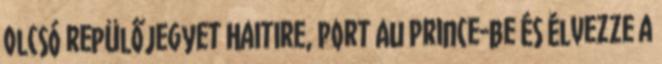
olcsó repülőjegyet Haitire, Port Au Prince-be és élvezze a